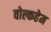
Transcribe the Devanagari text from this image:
वोल्कहेम